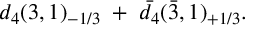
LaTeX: d _ { 4 } ( 3 , 1 ) _ { - 1 / 3 } \; + \; \bar { d } _ { 4 } ( \bar { 3 } , 1 ) _ { + 1 / 3 } .